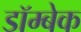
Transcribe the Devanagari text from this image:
डॉम्बेक